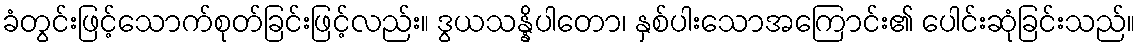
ခံတွင်းဖြင့်သောက်စုတ်ခြင်းဖြင့်လည်း။ ဒွယသန္နိပါတော၊ နှစ်ပါးသောအကြောင်း၏ ပေါင်းဆုံခြင်းသည်။